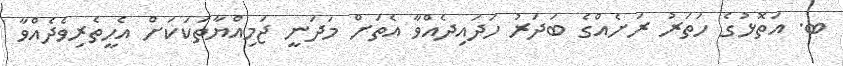
ބ. އަތޮޅުގެ ހަަތަރު ރަށެއްގެ ބަދަރު ހަދައިދެއްވާ އެތަށް މަދަނީ ޖަމިއްޔާތަކަކަށް އެހީތެރިވެދެއްވާ